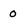
Character: 0